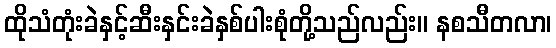
ထိုသံတုံးခဲနှင့်ဆီးနှင်းခဲနှစ်ပါးစုံတို့သည်လည်း။ နစသီတလာ၊